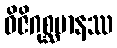
ဝိဇိဂုစ္ဆမာနဿ